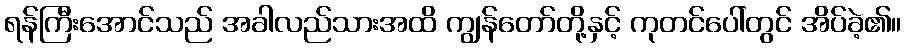
ရန်ကြီးအောင်သည် အခါလည်သားအထိ ကျွန်တော်တို့နှင့် ကုတင်ပေါ်တွင် အိပ်ခဲ့၏။